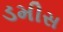
ડમીસ